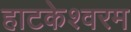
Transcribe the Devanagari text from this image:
हाटकेश्वरम